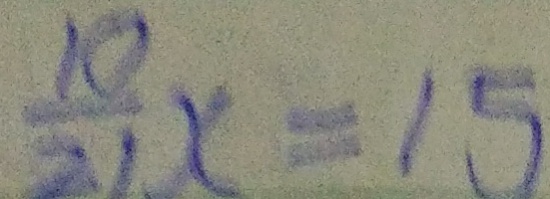
\frac { 1 0 } { 2 1 } x = 1 5